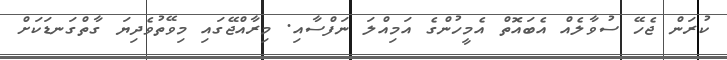
ކުރަން ޖެހޭ ސުވާލެއް އެބައޮތް އެމީހުންގެ އަމިއްލަ ނަފްސާއި. މިރާއްޖޭގައި މިވޭތުވެދިޔަ ގާތްގަނޑަކަށް